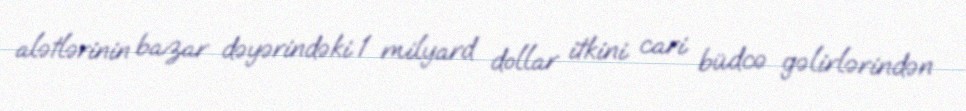
alətlərinin bazar dəyərindəki 1 milyard dollar itkini cari büdcə gəlirlərindən